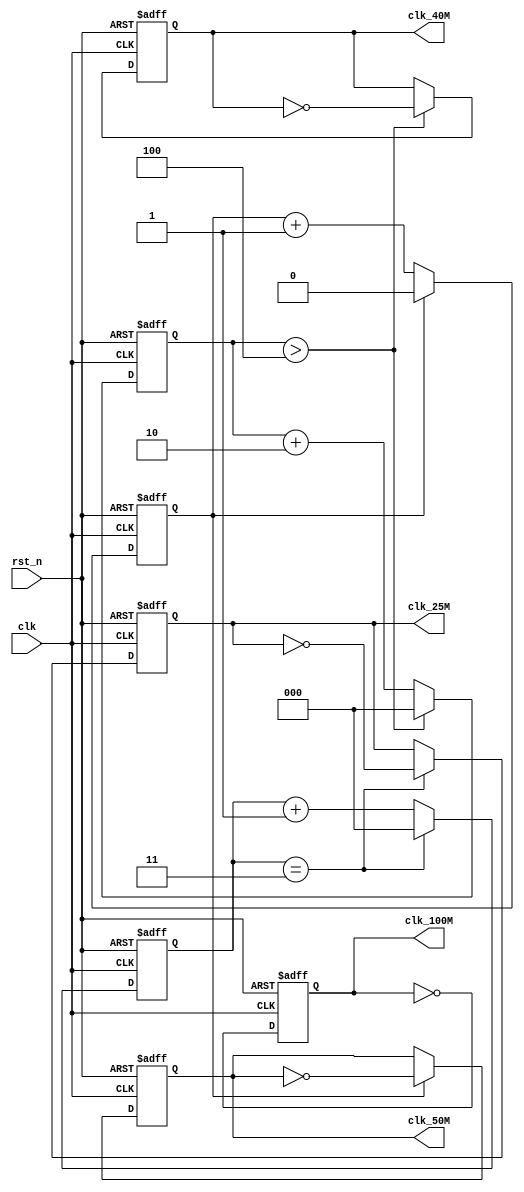
`timescale 1ns / 1ps

module clk_div(input clk,
               input rst_n,
               output reg clk_100M,
               output reg clk_50M,
               output reg clk_25M,
               output reg clk_40M);
    
    reg [2:0] cnt_25M;
    reg [2:0] cnt_40M;
    reg cnt_50M;
    
    always @(posedge clk or negedge rst_n) begin
        if (!rst_n) begin
            cnt_25M  <= 3'b0;
            cnt_40M  <= 3'b0;
            cnt_50M  <= 1'b0;
            clk_25M  <= 1'b0;
            clk_40M  <= 1'b0;
            clk_50M  <= 1'b0;
            clk_100M <= 1'b0;
        end
        else begin
            clk_100M <= ~clk_100M;
            
            if (cnt_40M > 3'd4) begin
                cnt_40M <= 3'b0;
                clk_40M <= ~clk_40M;
            end
            else begin
                cnt_40M <= cnt_40M + 2'b10;
            end
            
            if (cnt_25M == 2'd3) begin
                cnt_25M <= 2'b0;
                clk_25M <= ~clk_25M;
            end
            else begin
                cnt_25M <= cnt_25M + 1'b1;
            end
            
            if (cnt_50M == 1'd1) begin
                cnt_50M <= 1'b0;
                clk_50M <= ~clk_50M;
            end
            else begin
                cnt_50M <= cnt_50M + 1'b1;
            end
        end
    end
endmodule